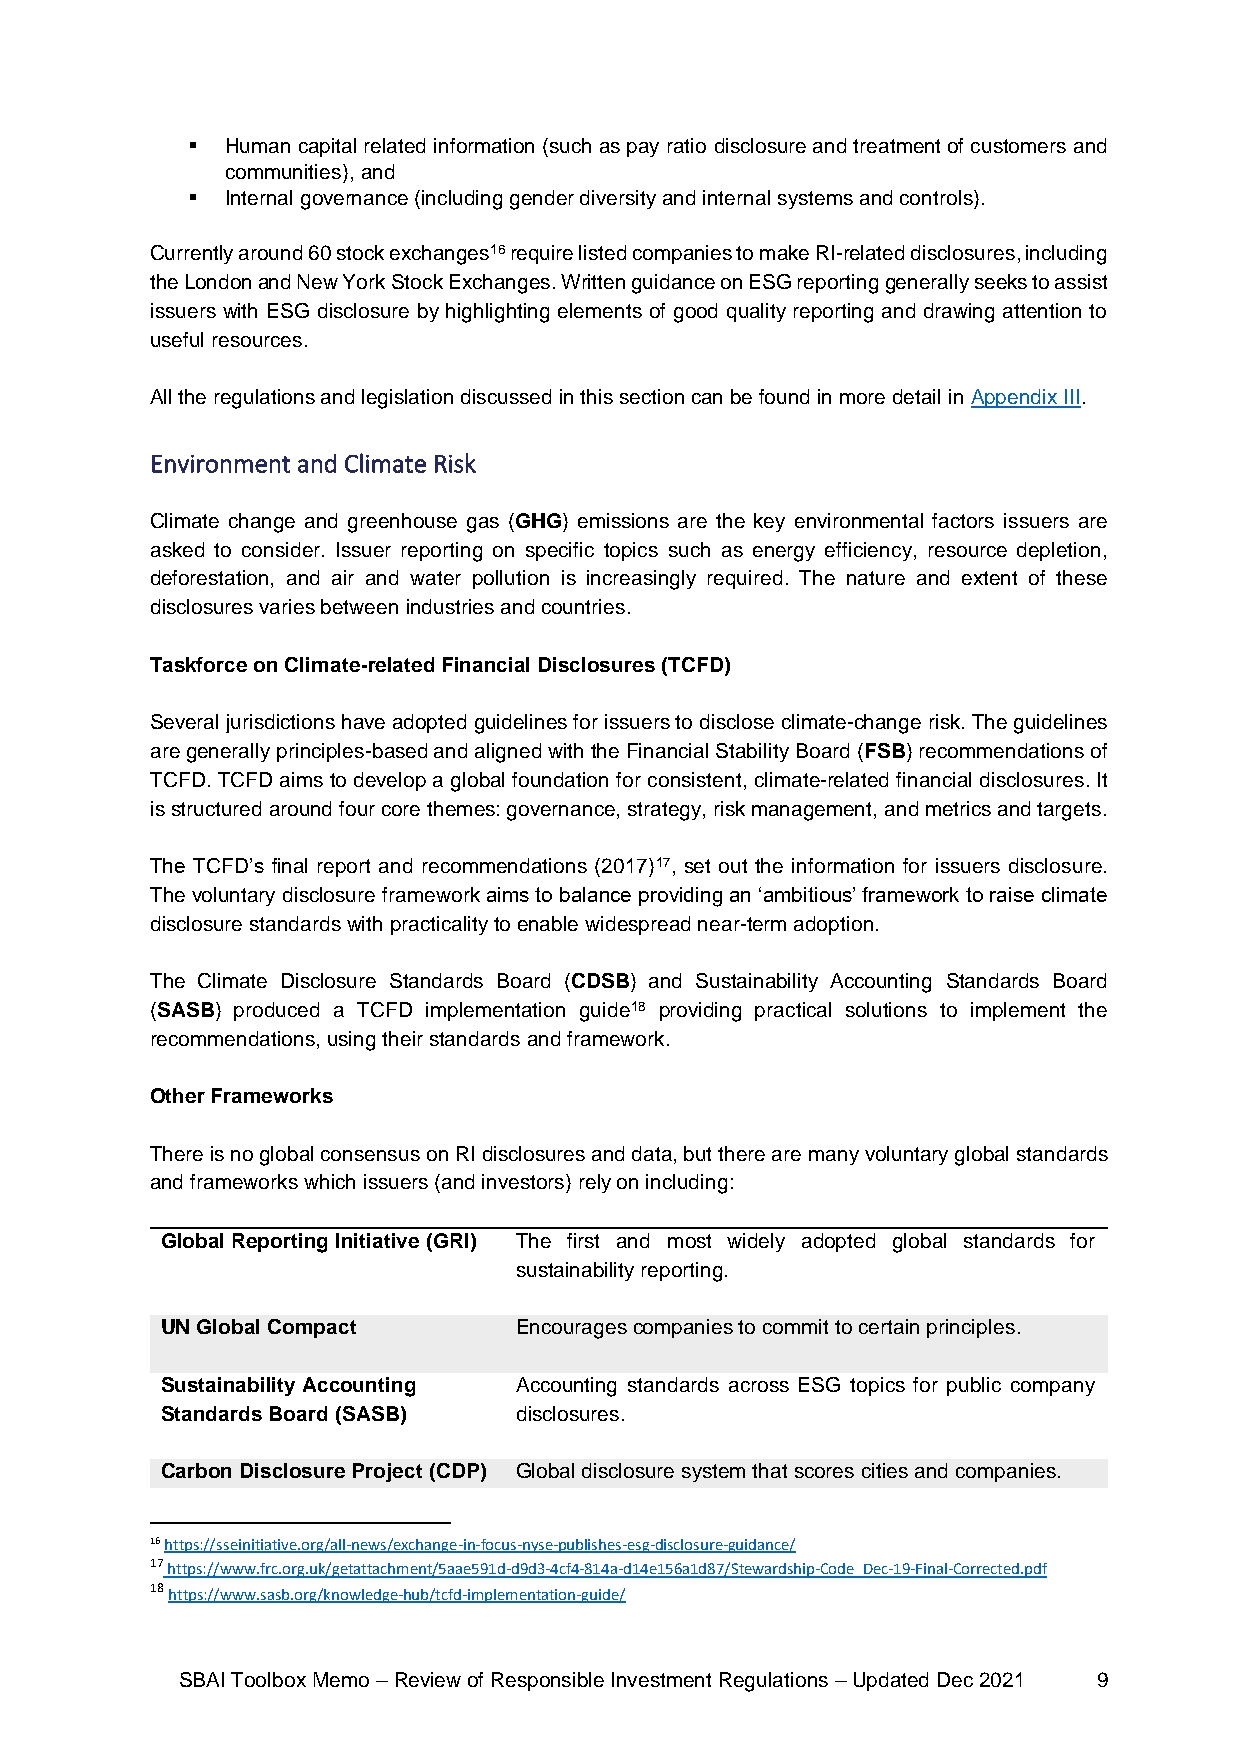
▪  Human capital related information (such as pay ratio disclosure and treatment of customers and
 communities), and
 ▪  Internal governance (including gender diversity and internal systems and controls).
 Currently around 60 stock exchanges16 require listed companies to make RI-related disclosures, including
 the London and New York Stock Exchanges. Written guidance on ESG reporting generally seeks to assist
 issuers with ESG disclosure by highlighting elements of good quality reporting and drawing attention to
 useful resources.
 All the regulations and legislation discussed in this section can be found in more detail in Appendix III.
 Environment and Climate Risk
 Climate change and greenhouse gas (GHG) emissions are the key environmental factors issuers are
 asked to consider. Issuer reporting on specific topics such as energy efficiency, resource depletion,
 deforestation, and air and water pollution is increasingly required. The nature and extent of these
 disclosures varies between industries and countries.
 Taskforce on Climate-related Financial Disclosures (TCFD)
 Several jurisdictions have adopted guidelines for issuers to disclose climate-change risk. The guidelines
 are generally principles-based and aligned with the Financial Stability Board (FSB) recommendations of
 TCFD. TCFD aims to develop a global foundation for consistent, climate-related financial disclosures. It
 is structured around four core themes: governance, strategy, risk management, and metrics and targets.
 The TCFD’s final report and recommendations (2017)17, set out the information for issuers disclosure.
 The voluntary disclosure framework aims to balance providing an ‘ambitious’ framework to raise climate
 disclosure standards with practicality to enable widespread near-term adoption.
 The Climate Disclosure Standards Board (CDSB) and Sustainability Accounting Standards Board
 (SASB) produced a TCFD implementation guide18 providing practical solutions to implement the
 recommendations, using their standards and framework.
 Other Frameworks
 There is no global consensus on RI disclosures and data, but there are many voluntary global standards
 and frameworks which issuers (and investors) rely on including:
 Global Reporting Initiative (GRI) The first and most widely adopted global standards for
 sustainability reporting.
 UN Global Compact      Encourages companies to commit to certain principles.
 Sustainability Accounting Accounting standards across ESG topics for public company
 Standards Board (SASB) disclosures.
 Carbon Disclosure Project (CDP) Global disclosure system that scores cities and companies.
 16 https://sseinitiative.org/all-news/exchange-in-focus-nyse-publishes-esg-disclosure-guidance/
 17 https://www.frc.org.uk/getattachment/5aae591d-d9d3-4cf4-814a-d14e156a1d87/Stewardship-Code_Dec-19-Final-Corrected.pdf
 18 https://www.sasb.org/knowledge-hub/tcfd-implementation-guide/
 SBAI Toolbox Memo – Review of Responsible Investment Regulations – Updated Dec 2021 9